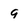
Character: 9